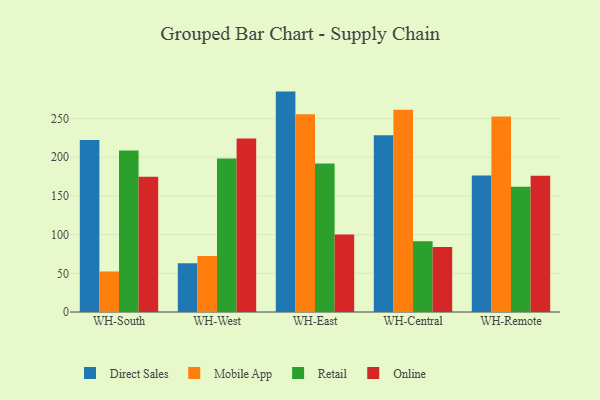
{"axis": {"x": "Warehouse", "y": "Waste Production (Tons)"}, "legend": ["Direct Sales", "Mobile App", "Online", "Retail"], "data": [{"x": "WH-South", "y": 222.2, "type": "Direct Sales"}, {"x": "WH-South", "y": 52.4, "type": "Mobile App"}, {"x": "WH-South", "y": 208.9, "type": "Retail"}, {"x": "WH-South", "y": 174.8, "type": "Online"}, {"x": "WH-West", "y": 63.1, "type": "Direct Sales"}, {"x": "WH-West", "y": 72.5, "type": "Mobile App"}, {"x": "WH-West", "y": 198.4, "type": "Retail"}, {"x": "WH-West", "y": 224.2, "type": "Online"}, {"x": "WH-East", "y": 284.9, "type": "Direct Sales"}, {"x": "WH-East", "y": 255.7, "type": "Mobile App"}, {"x": "WH-East", "y": 192.1, "type": "Retail"}, {"x": "WH-East", "y": 100.2, "type": "Online"}, {"x": "WH-Central", "y": 228.6, "type": "Direct Sales"}, {"x": "WH-Central", "y": 261.4, "type": "Mobile App"}, {"x": "WH-Central", "y": 91.4, "type": "Retail"}, {"x": "WH-Central", "y": 83.9, "type": "Online"}, {"x": "WH-Remote", "y": 176.5, "type": "Direct Sales"}, {"x": "WH-Remote", "y": 252.7, "type": "Mobile App"}, {"x": "WH-Remote", "y": 161.8, "type": "Retail"}, {"x": "WH-Remote", "y": 176.0, "type": "Online"}]}